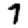
Digit: 7